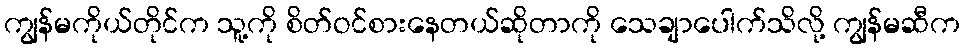
ကျွန်မကိုယ်တိုင်က သူ့ကို စိတ်ဝင်စားနေတယ်ဆိုတာကို သေချာပေါက်သိလို့ ကျွန်မဆီက